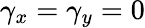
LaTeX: \gamma_{x}=\gamma_{y}=0